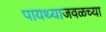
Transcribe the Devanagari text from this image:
पायथ्याजवळच्या